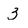
Character: 3